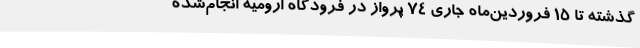
گذشته تا 15 فروردین‌ماه جاری 74 پرواز در فرودگاه ارومیه انجام‌شده